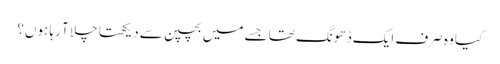
کیا وہ صرف ایک ڈھونگ تھا جسے میں بچپن سے دیکھتا چلا آ رہا ہوں؟